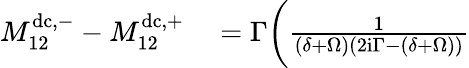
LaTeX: \begin{array}{rl}{M_{12}^{\mathrm{dc},-}-M_{12}^{\mathrm{dc},+}}&{{}=\Gamma\biggl(\frac{1}{(\delta+\Omega)(2\mathrm{i}\Gamma-(\delta+\Omega))}}\end{array}